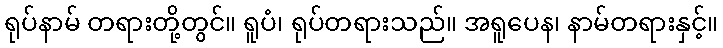
ရုပ်နာမ် တရားတို့တွင်။ ရူပံ၊ ရုပ်တရားသည်။ အရူပေန၊ နာမ်တရားနှင့်။